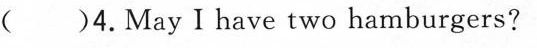
D. ( )4.May I have two hamburgers?